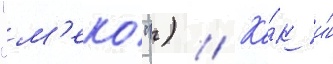
"м'еко") // Ка́к и́